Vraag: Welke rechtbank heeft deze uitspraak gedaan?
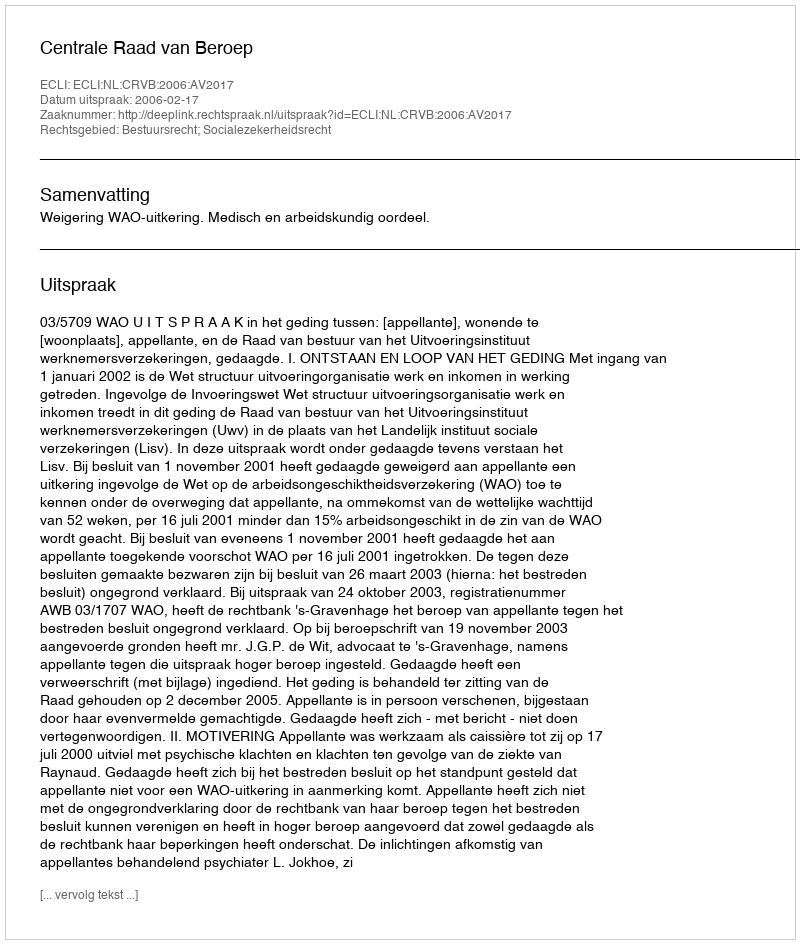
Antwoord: Centrale Raad van Beroep